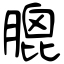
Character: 膍